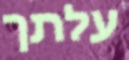
עלתך